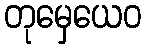
တုမှေယေဝ